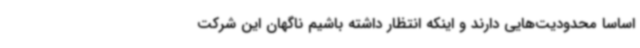
اساسا محدودیت‌هایی دارند و اینکه انتظار داشته باشیم ناگهان این شرکت